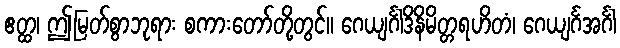
ဧတ္ထ၊ ဤမြတ်စွာဘုရား စကားတော်တို့တွင်။ ဂေယျင်္ဂါဒိနိမိတ္တရဟိတံ၊ ဂေယျင်္ဂအင်္ဂါ